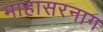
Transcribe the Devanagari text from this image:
माहासरनाग